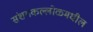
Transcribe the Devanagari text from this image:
संशयकल्लोळमधील